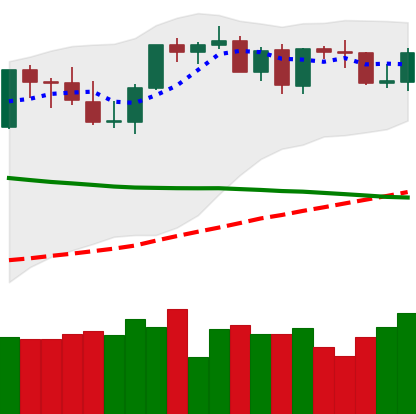
Ticker: BTC-USD
Chart end date: 2021-09-01
Forward return: 7.752%
Label: up_7plus